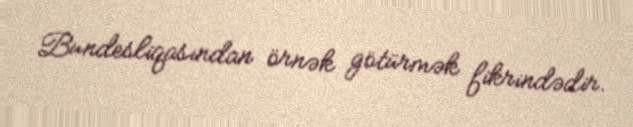
Bundesliqasından örnək götürmək fikrindədir.